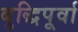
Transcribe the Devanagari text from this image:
बुद्धिपूर्वा